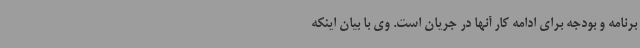
برنامه و بودجه برای ادامه کار آنها در جریان است. وی با بیان اینکه